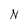
Character: N